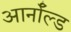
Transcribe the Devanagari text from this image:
आर्नाॅल्ड